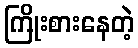
ကြိုးစားနေတဲ့